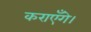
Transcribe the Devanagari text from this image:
कराएँगे।